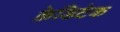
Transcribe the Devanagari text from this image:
क्रेडिटेक